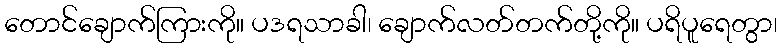
တောင်ချောက်ကြားကို။ ပဒရသာခါ၊ ချောက်လတ်တက်တို့ကို။ ပရိပူရေတွာ၊